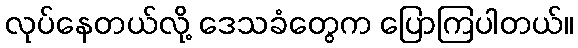
လုပ်နေတယ်လို့ ဒေသခံတွေက ပြောကြပါတယ်။